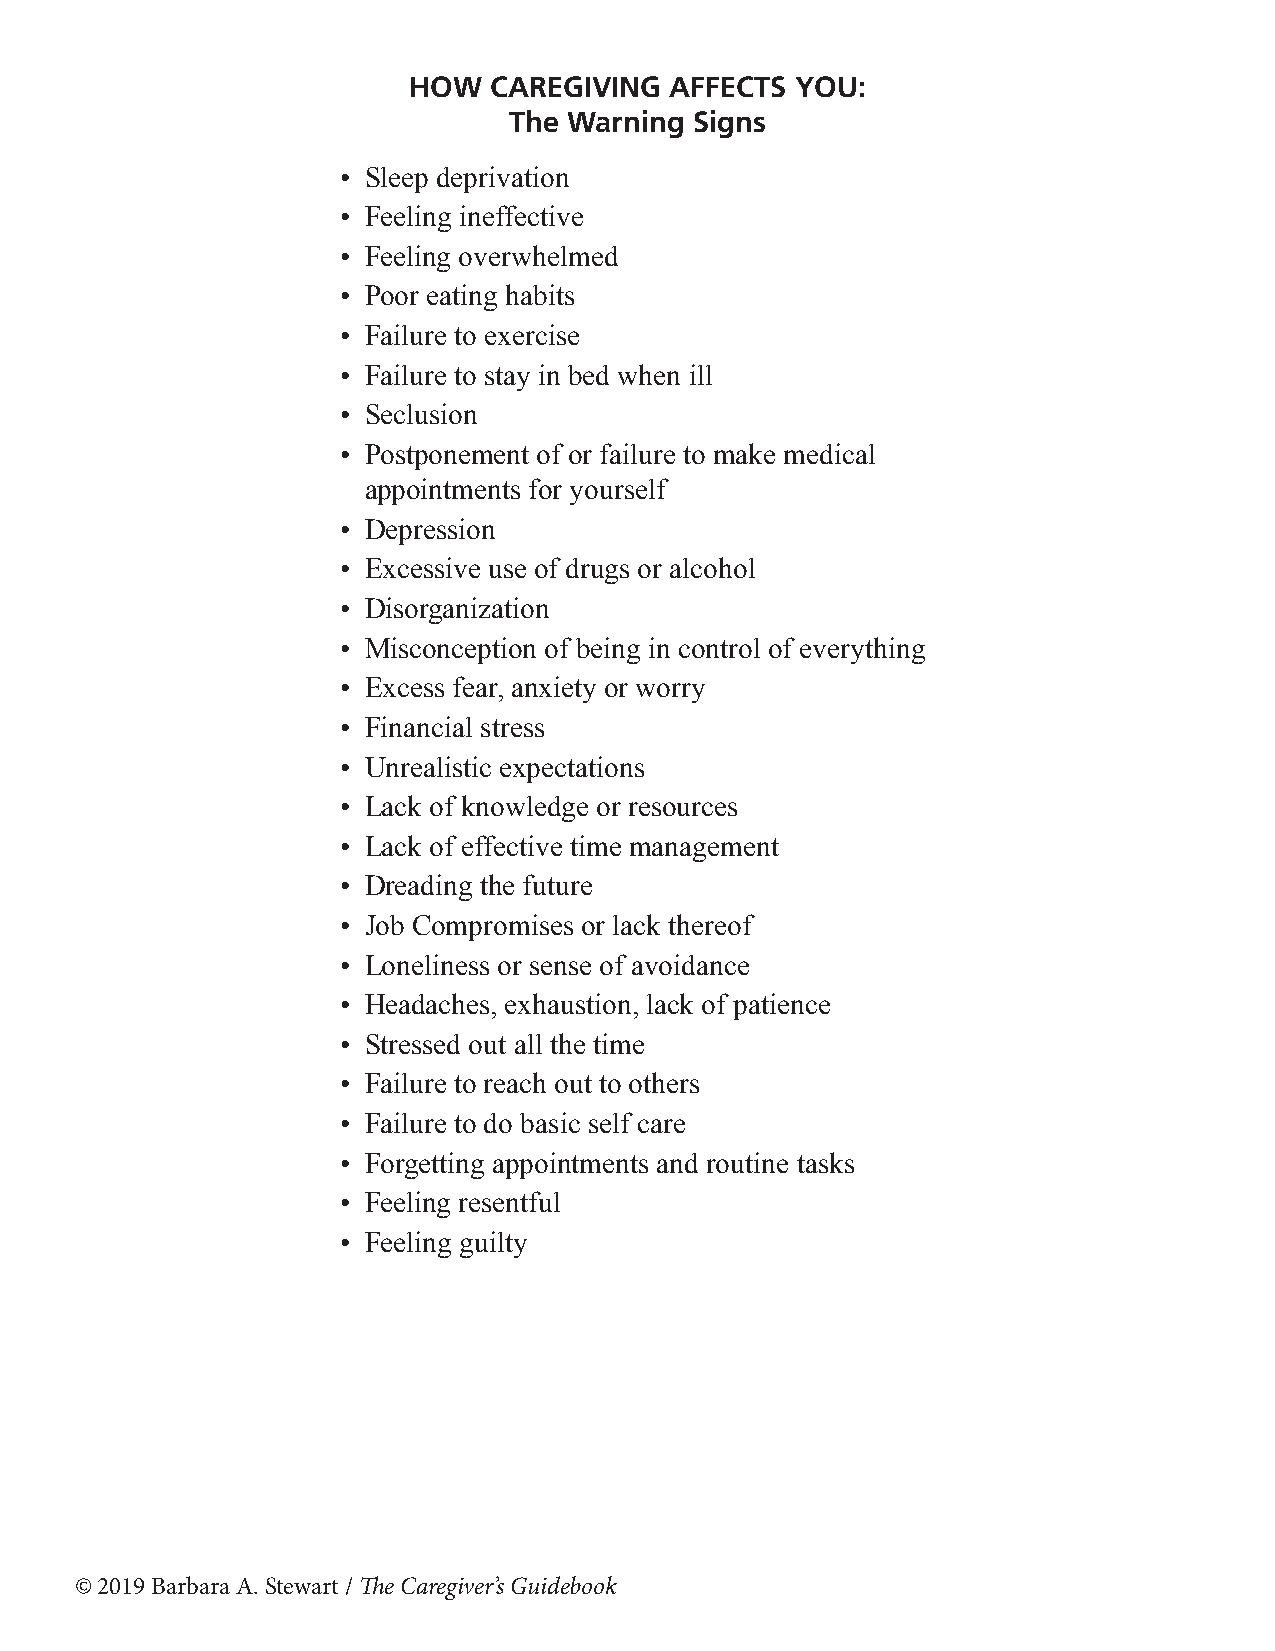
HOW  CAREGIVING  AFFECTS  YOU:
 The Warning Signs
 • Sleep deprivation
 • Feeling ineffective
 • Feeling overwhelmed
 • Poor eating habits
 • Failure to exercise
 • Failure to stay in bed when ill
 • Seclusion
 • Postponement of or failure to make medical
 appointments for yourself
 • Depression
 • Excessive use of drugs or alcohol
 • Disorganization
 • Misconception of being in control of everything
 • Excess fear, anxiety or worry
 • Financial stress
 • Unrealistic expectations
 • Lack of knowledge or resources
 • Lack of effective time management
 • Dreading the future
 • Job Compromises or lack thereof
 • Loneliness or sense of avoidance
 • Headaches, exhaustion, lack of patience
 • Stressed out all the time
 • Failure to reach out to others
 • Failure to do basic self care
 • Forgetting appointments and routine tasks
 • Feeling resentful
 • Feeling guilty
 © 2019 Barbara A. Stewart / The Caregiver’s Guidebook